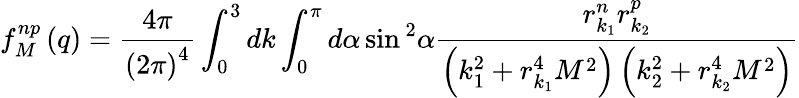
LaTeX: f_{M}^{np}\left(q\right)=\frac{4\pi}{\left(2\pi\right)^{4}}\int_{0}^{3}dk\int_{0}^{\pi}d\alpha\sin{}^{2}\alpha\frac{r_{k_{1}}^{n}r_{k_{2}}^{p}}{\left(k_{1}^{2}+r_{k_{1}}^{4}M^{2}\right)\left(k_{2}^{2}+r_{k_{2}}^{4}M^{2}\right)}